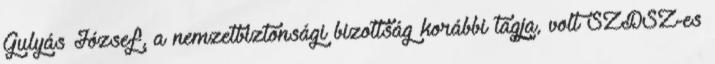
Gulyás József, a nemzetbiztonsági bizottság korábbi tagja, volt SZDSZ-es